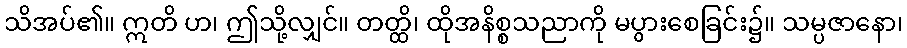
သိအပ်၏။ ဣတိ ဟ၊ ဤသို့လျှင်။ တတ္ထိ၊ ထိုအနိစ္စသညာကို မပွားစေခြင်း၌။ သမ္ပဇာနော၊